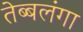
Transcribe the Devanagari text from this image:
तेब्बलंगा